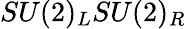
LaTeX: SU(2)_{L}SU(2)_{R}